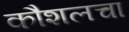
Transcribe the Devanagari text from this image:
कौशलचा